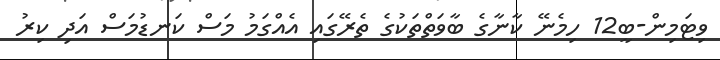
ވިޓަމިން-ބީ12 ހިމެނޭ ކާނާގެ ބާވަތްތަކުގެ ތެރޭގައި އެއްގަމު މަސް ކަނޑުމަސް އަދި ކިރު